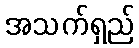
အသက်ရှည်